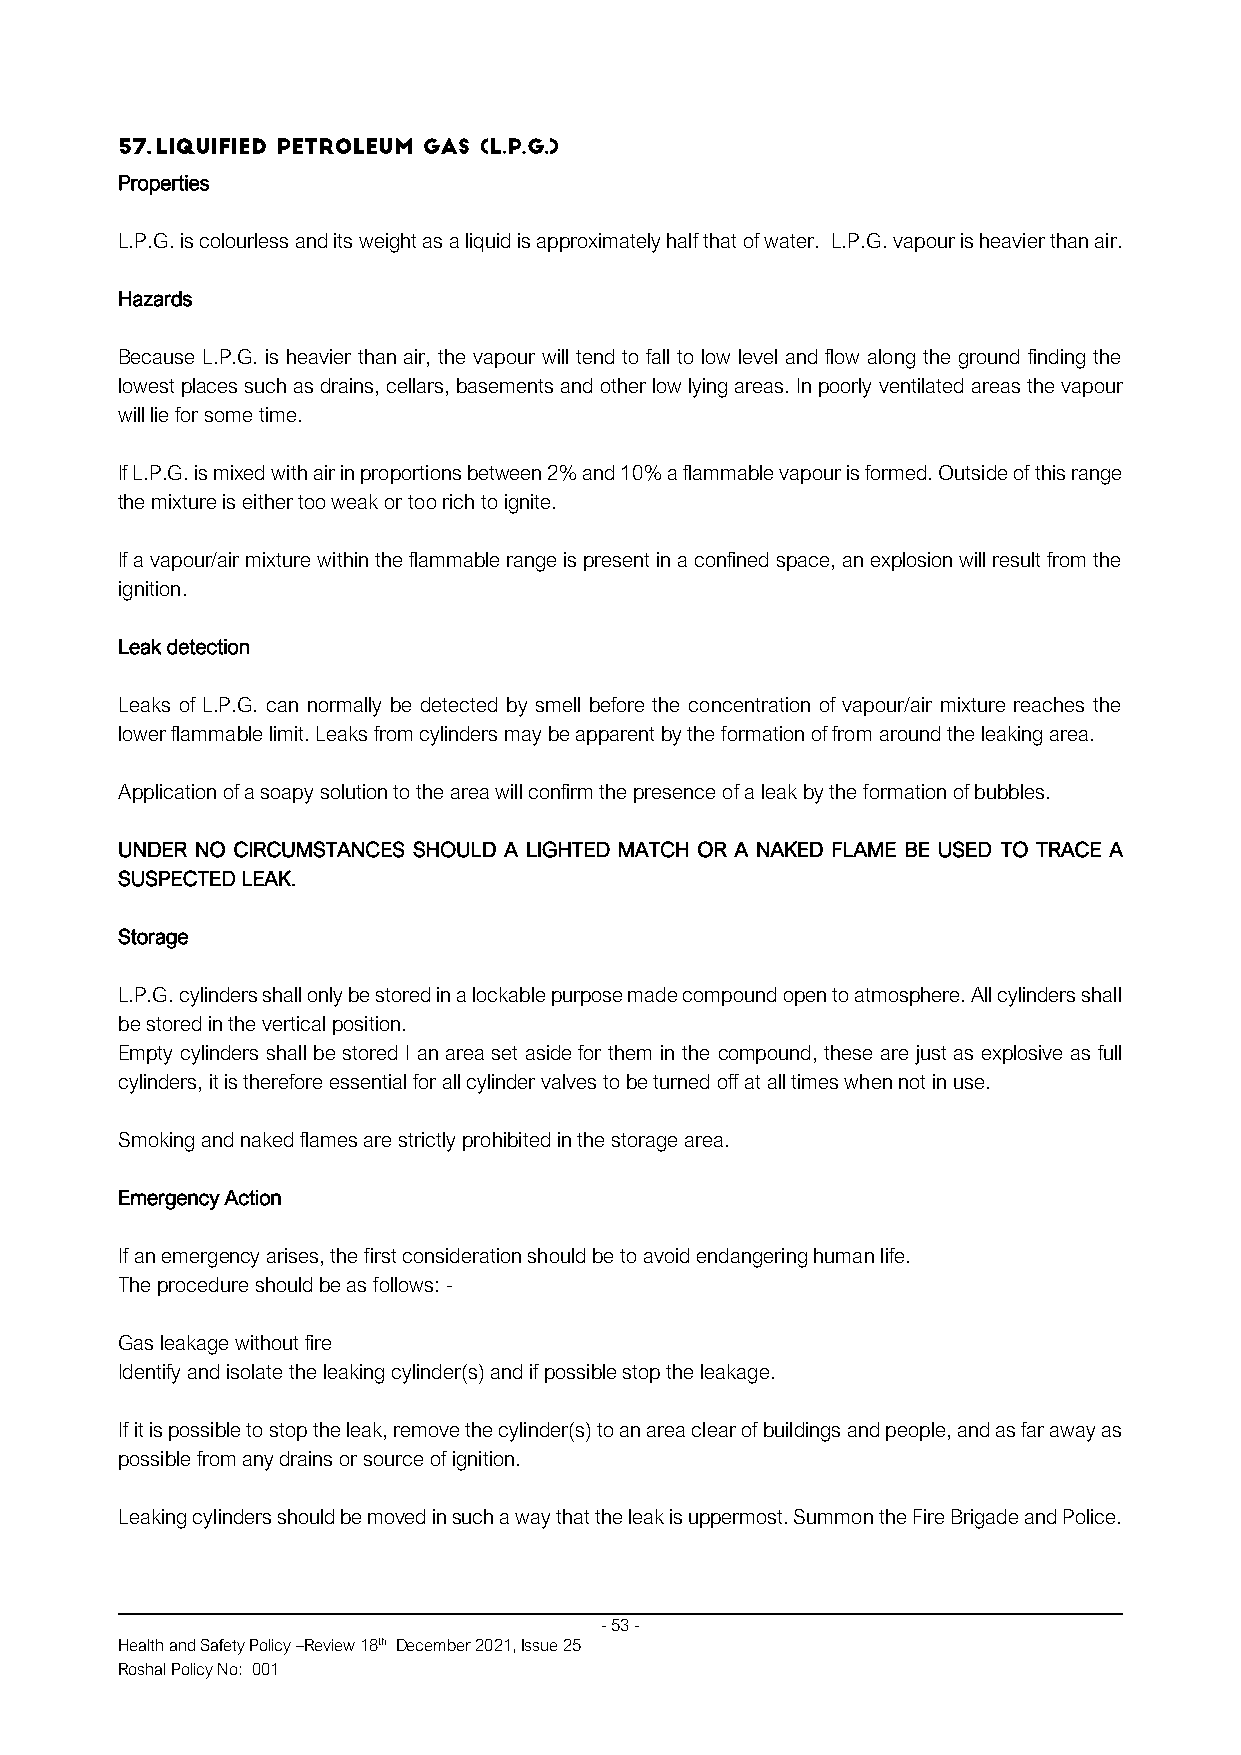
Properties
 L.P.G. is colourless and its weight as a liquid is approximately half that of water. L.P.G. vapour is heavier than air.
 Hazards
 Because L.P.G. is heavier than air, the vapour will tend to fall to low level and flow along the ground finding the
 lowest places such as drains, cellars, basements and other low lying areas. In poorly ventilated areas the vapour
 will lie for some time.
 If L.P.G. is mixed with air in proportions between 2% and 10% a flammable vapour is formed. Outside of this range
 the mixture is either too weak or too rich to ignite.
 If a vapour/air mixture within the flammable range is present in a confined space, an explosion will result from the
 ignition.
 Leak detection
 Leaks of L.P.G. can normally be detected by smell before the concentration of vapour/air mixture reaches the
 lower flammable limit. Leaks from cylinders may be apparent by the formation of from around the leaking area.
 Application of a soapy solution to the area will confirm the presence of a leak by the formation of bubbles.
 UNDER NO CIRCUMSTANCES SHOULD A LIGHTED MATCH OR A NAKED FLAME BE USED TO TRACE A
 SUSPECTED LEAK.
 Storage
 L.P.G. cylinders shall only be stored in a lockable purpose made compound open to atmosphere. All cylinders shall
 be stored in the vertical position.
 Empty cylinders shall be stored I an area set aside for them in the compound, these are just as explosive as full
 cylinders, it is therefore essential for all cylinder valves to be turned off at all times when not in use.
 Smoking and naked flames are strictly prohibited in the storage area.
 Emergency Action
 If an emergency arises, the first consideration should be to avoid endangering human life.
 The procedure should be as follows: -
 Gas leakage without fire
 Identify and isolate the leaking cylinder(s) and if possible stop the leakage.
 If it is possible to stop the leak, remove the cylinder(s) to an area clear of buildings and people, and as far away as
 possible from any drains or source of ignition.
 Leaking cylinders should be moved in such a way that the leak is uppermost. Summon the Fire Brigade and Police.
 - 53 -
 Health and Safety Policy –Review 18th December 2021, Issue 25
 Roshal Policy No: 001